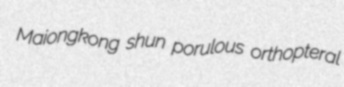
Maiongkong shun porulous orthopteral